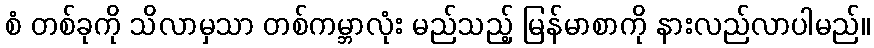
စံ တစ်ခုကို သိလာမှသာ တစ်ကမ္ဘာလုံး မည်သည့် မြန်မာစာကို နားလည်လာပါမည်။